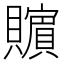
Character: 𰷚